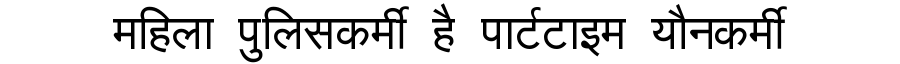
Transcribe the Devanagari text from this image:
महिला पुलिसकर्मी है पार्टटाइम यौनकर्मी